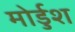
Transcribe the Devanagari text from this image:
मोर्डुश